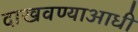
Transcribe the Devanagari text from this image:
दाखवण्याआधी